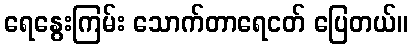
ရေနွေးကြမ်း သောက်တာရေငတ် ပြေတယ်။